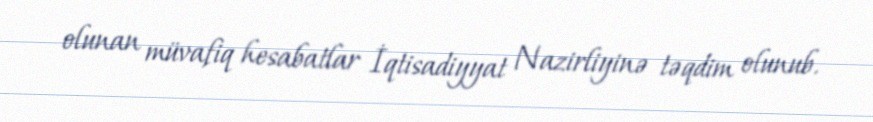
olunan müvafiq hesabatlar İqtisadiyyat Nazirliyinə təqdim olunub.